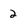
Character: 2